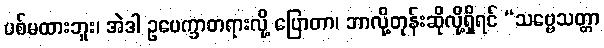
ပစ်မထားဘူး၊ အဲဒါ ဥပေက္ခာတရားလို့ ပြောတာ၊ ဘာလို့တုန်းဆိုလို့ရှိရင် “သဗ္ဗေသတ္တာ